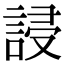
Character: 誛